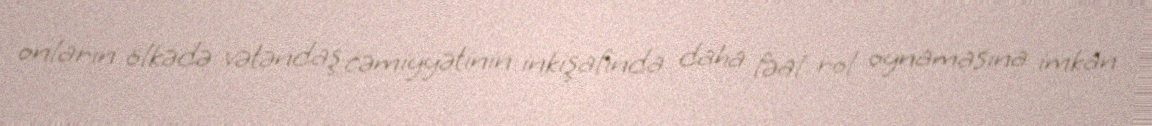
onların ölkədə vətəndaş cəmiyyətinin inkişafında daha fəal rol oynamasına imkan